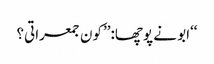
‘‘ابو نے پوچھا:’’کون جمعراتی؟